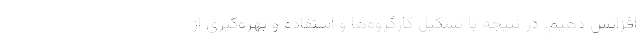
افزایش دهیم. در نتیجه با تشکیل کارگروه‌ها و استفاده و بهره‌گیری از